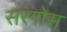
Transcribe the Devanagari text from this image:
सरगोस